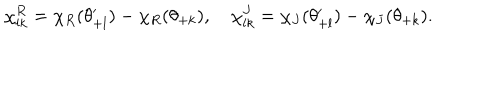
LaTeX: \chi _ { l k } ^ { R } = \chi _ { R } ( \theta _ { + l } ^ { \prime } ) - \chi _ { R } ( \theta _ { + k } ) , \quad \chi _ { l k } ^ { J } = \chi _ { J } ( \theta _ { + l } ^ { \prime } ) - \chi _ { J } ( \theta _ { + k } ) .